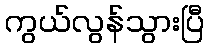
ကွယ်လွန်သွားပြီ